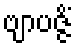
ဗျာပဇ္ဇိံ